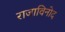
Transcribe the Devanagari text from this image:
राजाविनोद